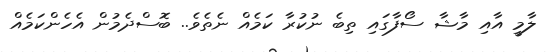
ލާމީ އާއި މާޝާ ސޯފާގައި ތިބެ ނުކުރާ ކަމެއް ނެތެވެ.. ބޮސްދެމުން އެހެންކަމެއް